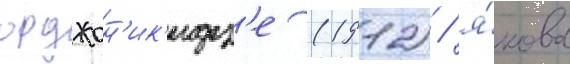
орджон'ик'идз'е (1912) / я́кова